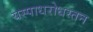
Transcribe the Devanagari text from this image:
यस्पाधरोधस्तन